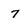
Character: 7